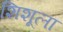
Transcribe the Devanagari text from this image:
शिशूला